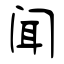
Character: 闻